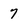
Character: 7